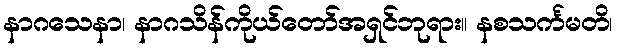
နာဂသေနာ၊ နာဂသိန်ကိုယ်တော်အရှင်ဘုရား။ နစသင်္ကမတိ၊